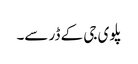
پلوی جی کے ڈر سے۔